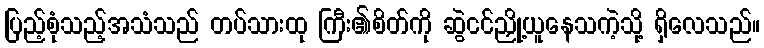
ပြည့်စုံသည့်အသံသည် တပ်သားထု ကြီး၏စိတ်ကို ဆွဲငင်ညှို့ယူနေသကဲ့သို့ ရှိလေသည်။